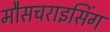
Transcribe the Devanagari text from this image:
मौसचराइसिंग